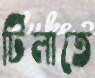
টিলাতে